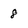
Character: 8